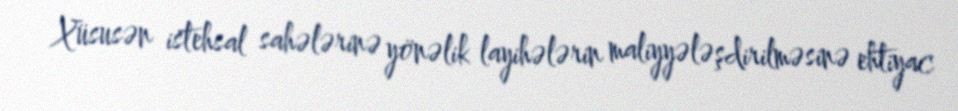
Xüsusən istehsal sahələrinə yönəlik layihələrin maliyyələşdirilməsinə ehtiyac